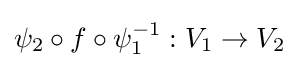
\psi _{2}\circ f\circ \psi _{1}^{-1}:V_{1}\to V_{2}